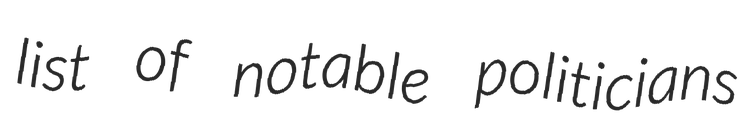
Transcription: list of notable politicians